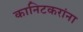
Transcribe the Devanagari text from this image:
कानिटकरांना